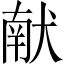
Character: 献